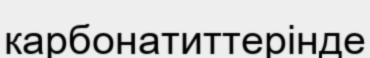
карбонатиттерінде